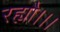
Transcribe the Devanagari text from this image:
रह्यौ।।।